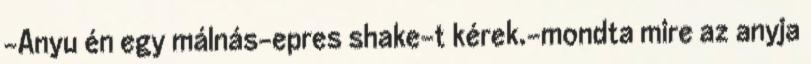
-Anyu én egy málnás-epres shake-t kérek.-mondta mire az anyja